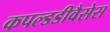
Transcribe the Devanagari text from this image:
कपल्डडीवैसेस